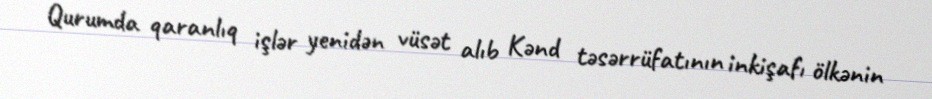
Qurumda qaranlıq işlər yenidən vüsət alıb Kənd təsərrüfatının inkişafı ölkənin